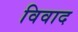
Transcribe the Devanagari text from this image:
विवाद